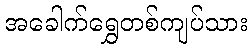
အခေါက်ရွှေတစ်ကျပ်သား